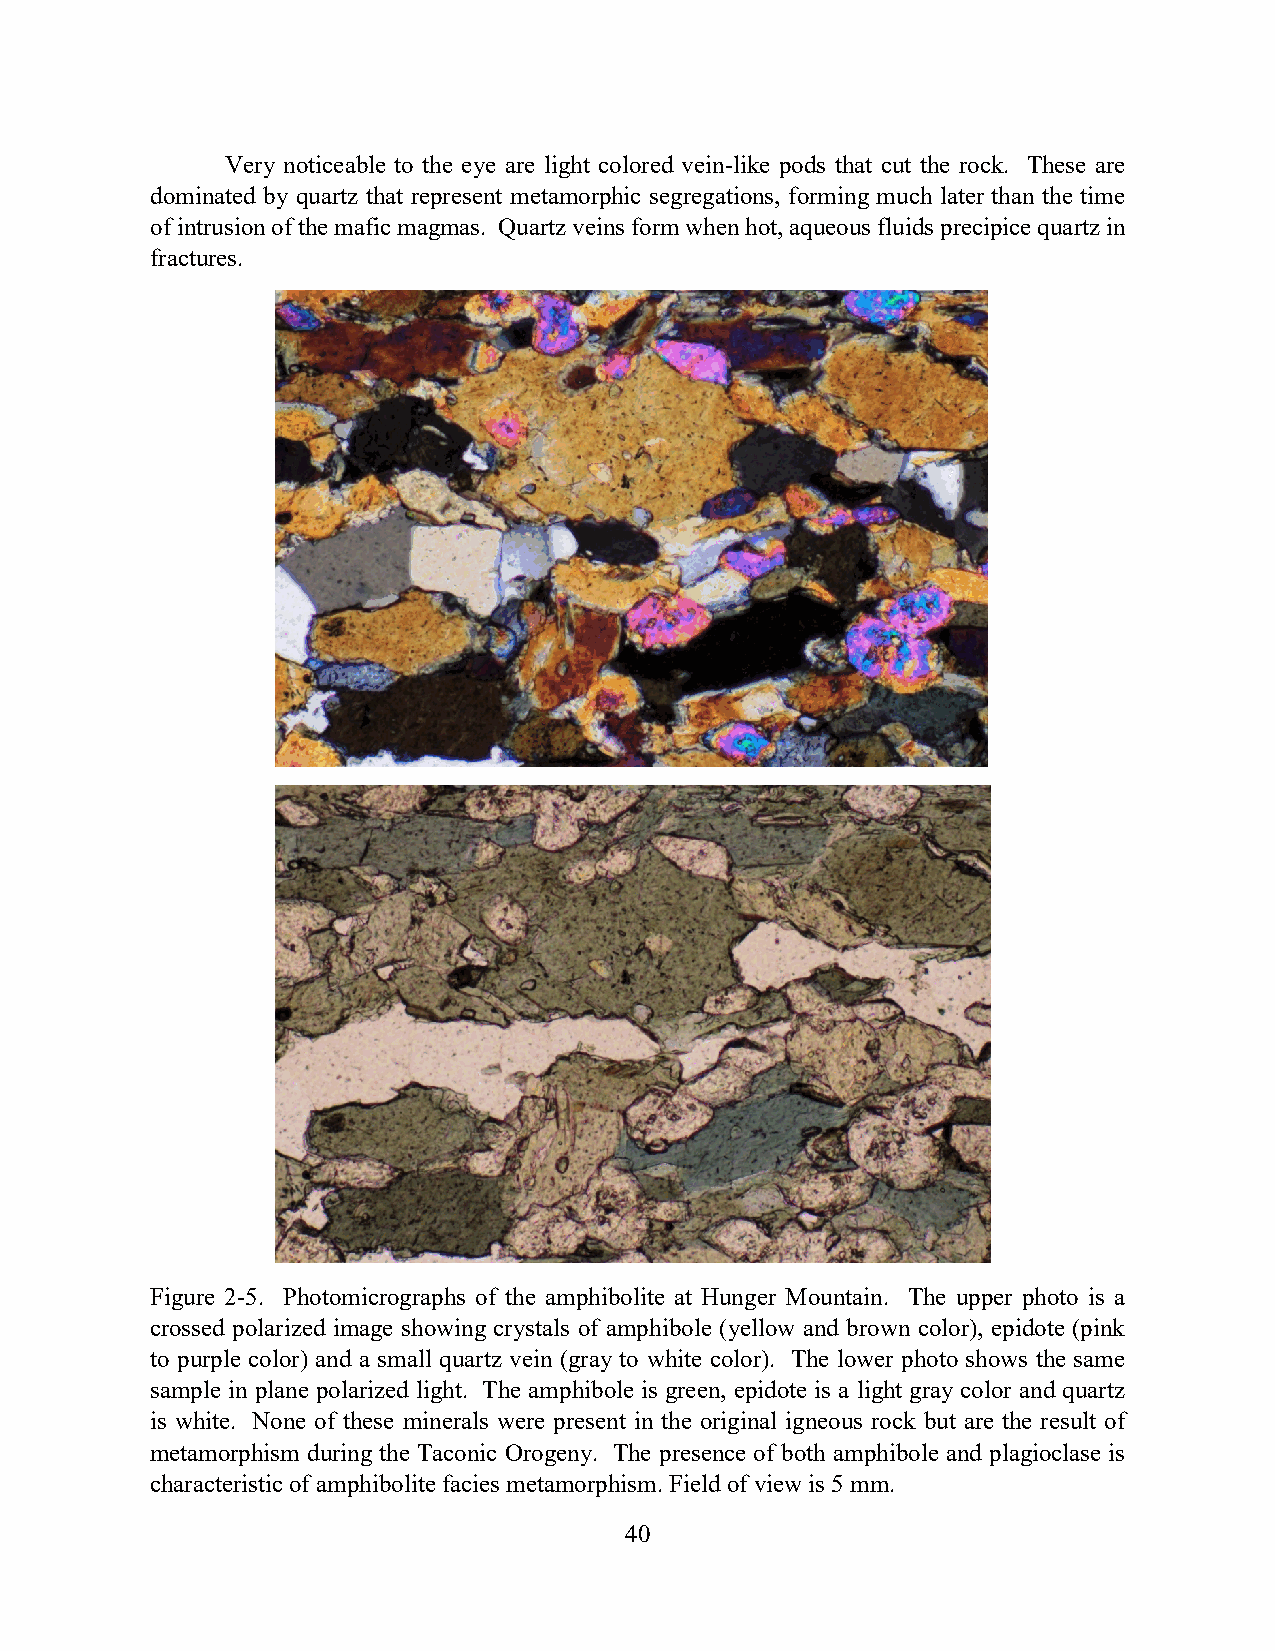
Very noticeable to the eye are light colored vein-like pods that cut the rock. These are
 dominated by quartz that represent metamorphic segregations, forming much later than the time
 of intrusion of the mafic magmas. Quartz veins form when hot, aqueous fluids precipice quartz in
 fractures.
 Figure 2-5. Photomicrographs of the amphibolite at Hunger Mountain. The upper photo is a
 crossed polarized image showing crystals of amphibole (yellow and brown color), epidote (pink
 to purple color) and a small quartz vein (gray to white color). The lower photo shows the same
 sample in plane polarized light. The amphibole is green, epidote is a light gray color and quartz
 is white. None of these minerals were present in the original igneous rock but are the result of
 metamorphism during the Taconic Orogeny. The presence of both amphibole and plagioclase is
 characteristic of amphibolite facies metamorphism. Field of view is 5 mm.
 40